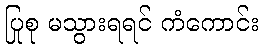
ပြုစု မသွားရရင် ကံကောင်း